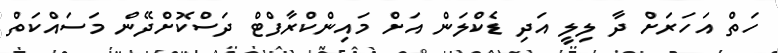
ހަތް އަހަރަށް ދާ ލިލީ އަދި ޑެކްލަން އަށް މައިންކްރާފްޓް ދަސްކޮށްދޭން މަސައްކަތް